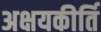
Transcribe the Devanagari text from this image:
अक्षयकीर्ति